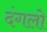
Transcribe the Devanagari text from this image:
दंगलो